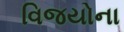
વિજયોના